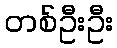
တစ်ဦးဦး